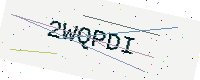
Text: 2WQPDI